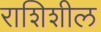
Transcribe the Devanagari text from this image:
राशिशील